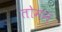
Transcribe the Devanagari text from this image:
तोमन